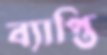
ব্যাপ্তি